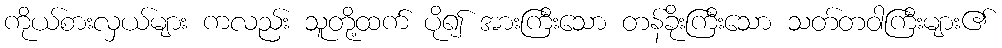
ကိုယ်စားလှယ်များ ကလည်း သူတို့ထက် ပို၍ အားကြီးသော တန်ခိုးကြီးသော သတ်တဝါကြီးများ၏